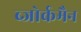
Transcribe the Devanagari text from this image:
ब्जोर्कमैन